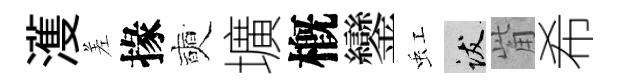
濩差掾奭壙槪鑾虹跋觜希